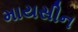
માયસીન